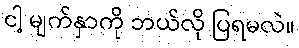
ငါ့ မျက်နှာကို ဘယ်လို ပြရမလဲ။